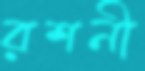
রশনী